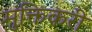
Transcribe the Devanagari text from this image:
मुक्तिकरी